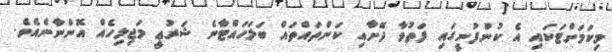
މިކަމަށްޓަކައި އެ ކުންފުނީގައި ފަތުވާ ދޭށާއި ކަންތައްތައް ބަލަހައްޓާނެ ޝަރުޢީ މަޖިލިހެއް އޮންނާނެއެވެ.